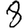
Digit: 8